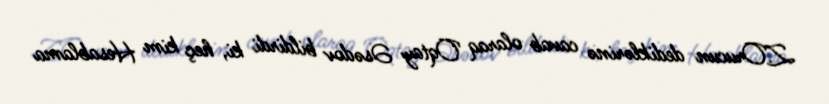
Z.Orucun dediklərinə cavab olaraq Oqtay Əsədov bildirdi ki, heç kim Hesablama